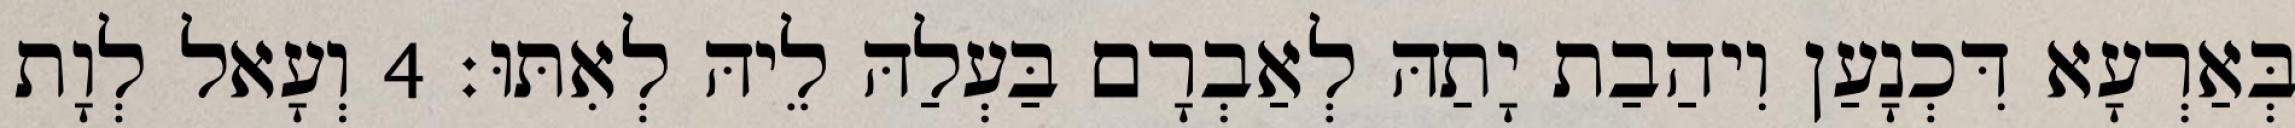
בְּאַרְעָא דִּכְנָעַן וִיהַבַת יָתַהּ לְאַבְרָם בַּעְלַהּ לֵיהּ לְאִתּוּ׃ 4 וְעָאל לְוָת